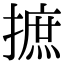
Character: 摭